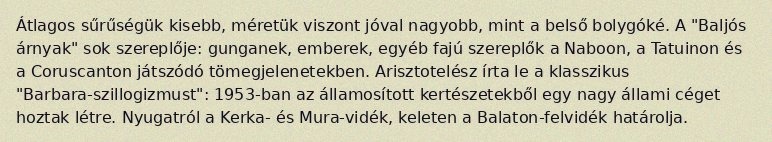
Átlagos sűrűségük kisebb, méretük viszont jóval nagyobb, mint a belső bolygóké. A "Baljós árnyak" sok szereplője: gunganek, emberek, egyéb fajú szereplők a Naboon, a Tatuinon és a Coruscanton játszódó tömegjelenetekben. Arisztotelész írta le a klasszikus "Barbara-szillogizmust": 1953-ban az államosított kertészetekből egy nagy állami céget hoztak létre. Nyugatról a Kerka- és Mura-vidék, keleten a Balaton-felvidék határolja.